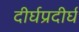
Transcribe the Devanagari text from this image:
दीर्घप्रदीर्घ